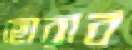
ছোরাব